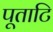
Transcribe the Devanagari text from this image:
पूताटि